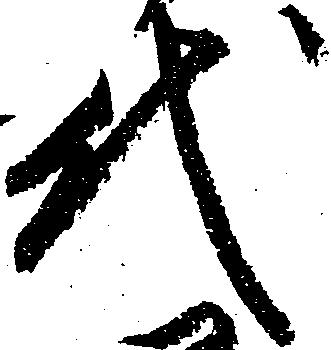
代